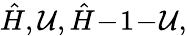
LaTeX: \hat{H},{\cal U},\hat{H}\! -\! 1\! -\! {\cal U},